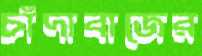
চাঁদাবাজের